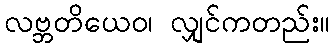
လဗ္ဘတိယေဝ၊ လျှင်ကတည်း။